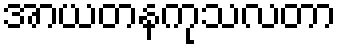
အာယတနကုသလတာ